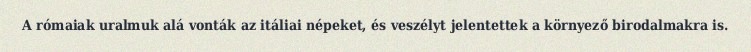
A rómaiak uralmuk alá vonták az itáliai népeket, és veszélyt jelentettek a környező birodalmakra is.